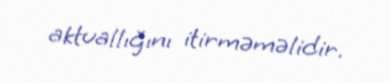
aktuallığını itirməməlidir.